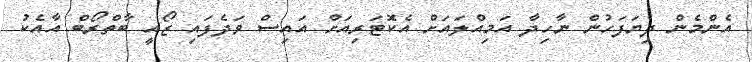
އެންމެން ދިޔަފަހުން ނާހިދާ އަމިއްލައަށް އެކޮޓަރިއަށް އައިސް ވަދެފައި ޒޯއީ ބާތްރޯބް އާއެކު